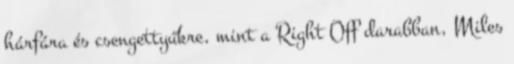
hárfára és csengettyűkre, mint a Right Off darabban, Miles